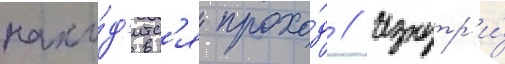
нахо́д'итс'я прохо́д // Изнутр'и́